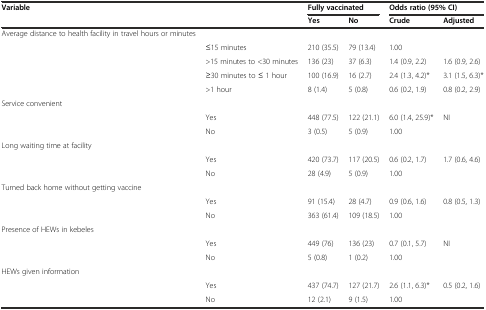
| Variable |  | <COLSPAN=2> Fully vaccinated | <COLSPAN=2> Odds ratio (95% CI) |
 |  |  | Yes | No | Crude | Adjusted |
 | --- | --- | --- | --- | --- | --- |
 | Average distance to health facility in travel hours or minutes |  |  |  |  |  |
 |  | ≤15 minutes | 210 (35.5) | 79 (13.4) | 1.00 |  |
 |  | >15 minutes to <30 minutes | 136 (23) | 37 (6.3) | 1.4 (0.9, 2.2) | 1.6 (0.9, 2.6) |
 |  | ≥30 minutes to ≤ 1 hour | 100 (16.9) | 16 (2.7) | 2.4 (1.3, 4.2)* | 3.1 (1.5, 6.3)* |
 |  | >1 hour | 8 (1.4) | 5 (0.8) | 0.6 (0.2, 1.9) | 0.8 (0.2, 2.9) |
 | Service convenient |  |  |  |  |  |
 |  | Yes | 448 (77.5) | 122 (21.1) | 6.0 (1.4, 25.9)* | NI |
 |  | No | 3 (0.5) | 5 (0.9) | 1.00 |  |
 | Long waiting time at facility |  |  |  |  |  |
 |  | Yes | 420 (73.7) | 117 (20.5) | 0.6 (0.2, 1.7) | 1.7 (0.6, 4.6) |
 |  | No | 28 (4.9) | 5 (0.9) | 1.00 |  |
 | Turned back home without getting vaccine |  |  |  |  |  |
 |  | Yes | 91 (15.4) | 28 (4.7) | 0.9 (0.6, 1.6) | 0.8 (0.5, 1.3) |
 |  | No | 363 (61.4) | 109 (18.5) | 1.00 |  |
 | Presence of HEWs in kebeles |  |  |  |  |  |
 |  | Yes | 449 (76) | 136 (23) | 0.7 (0.1, 5.7) | NI |
 |  | No | 5 (0.8) | 1 (0.2) | 1.00 |  |
 | HEWs given information |  |  |  |  |  |
 |  | Yes | 437 (74.7) | 127 (21.7) | 2.6 (1.1, 6.3)* | 0.5 (0.2, 1.6) |
 |  | No | 12 (2.1) | 9 (1.5) | 1.00 |  |